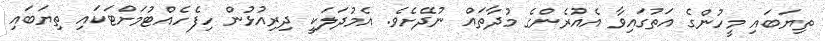
ތިޔަބައި މީހުންގެ އަތުގައިވާ އެއުރެންގެ މުދާތައް ނުދޭށެވެ. އެމުދަލަކީ ދިރިއުޅުން ހިފެހެއްޓުމަށްޓަކައި ތިޔަބައި